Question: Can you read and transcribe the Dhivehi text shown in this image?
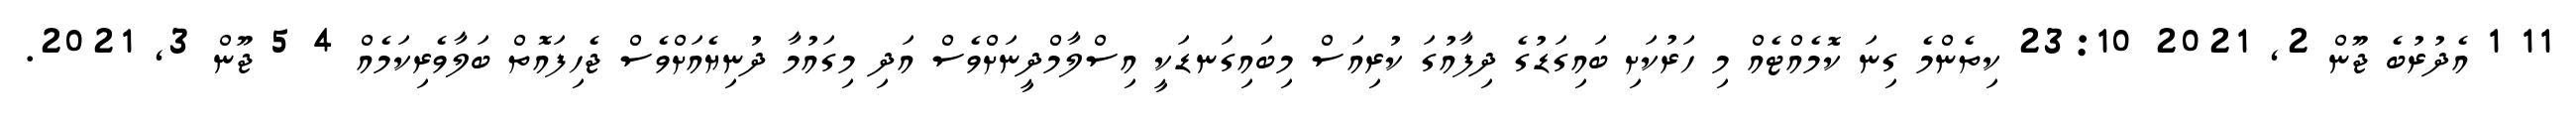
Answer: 11 1 އެދުރުބެ ޖޫން 2, 2021 23:10 ކިތެންމެ ގިނަ ކޮމެއްޓެއް މި ހަރުކަށި ބައިގަޑުގެ ދިފާއުގަ ކުރިއަސް މިބައިގަނޑަކީ އިސްލާމްދީނަށްވެސް އަދި މިގައުމާ ދުނިޔެއަށްވެސް ޖެހިފައޮތް ބަލާވެރިކަމެއް 4 5 ޖޫން 3, 2021.